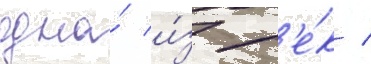
одна́ и́з р'е́к /